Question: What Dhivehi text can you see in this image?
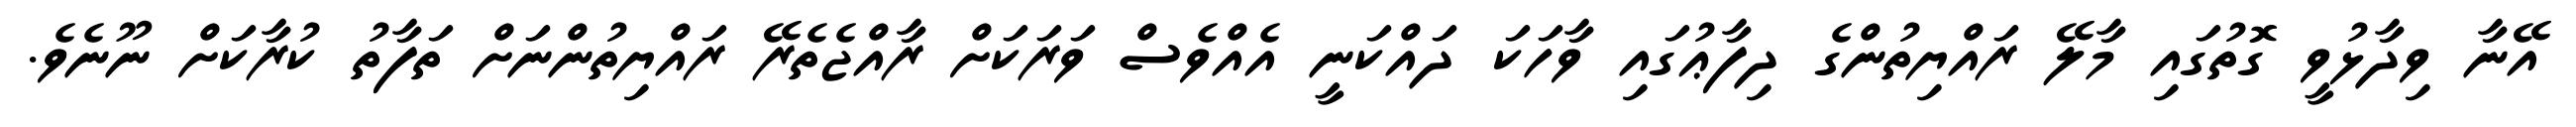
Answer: އޭނާ ވިދާޅުވީ ގޮތުގައި މާލޭ ރައްޔިތުންގެ ދިފާޢުގައި ވާހަކަ ދައްކަނީ އެއްވެސް ވަރަކަށް ރާއްޖެތެރޭ ރައްޔިތުންނަށް ތަފާތު ކުރާކަށް ނޫނެވެ.